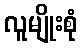
လူမျိုးစုံ